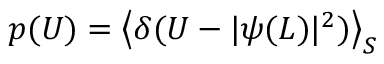
p ( U ) = \left\langle \delta ( U - \vert \psi ( L ) \vert ^ { 2 } ) \right\rangle _ { S }